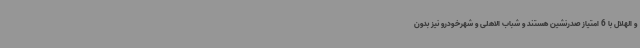
و الهلال با 6 امتیاز صدرنشین هستند و شباب الاهلی و شهرخودرو نیز بدون